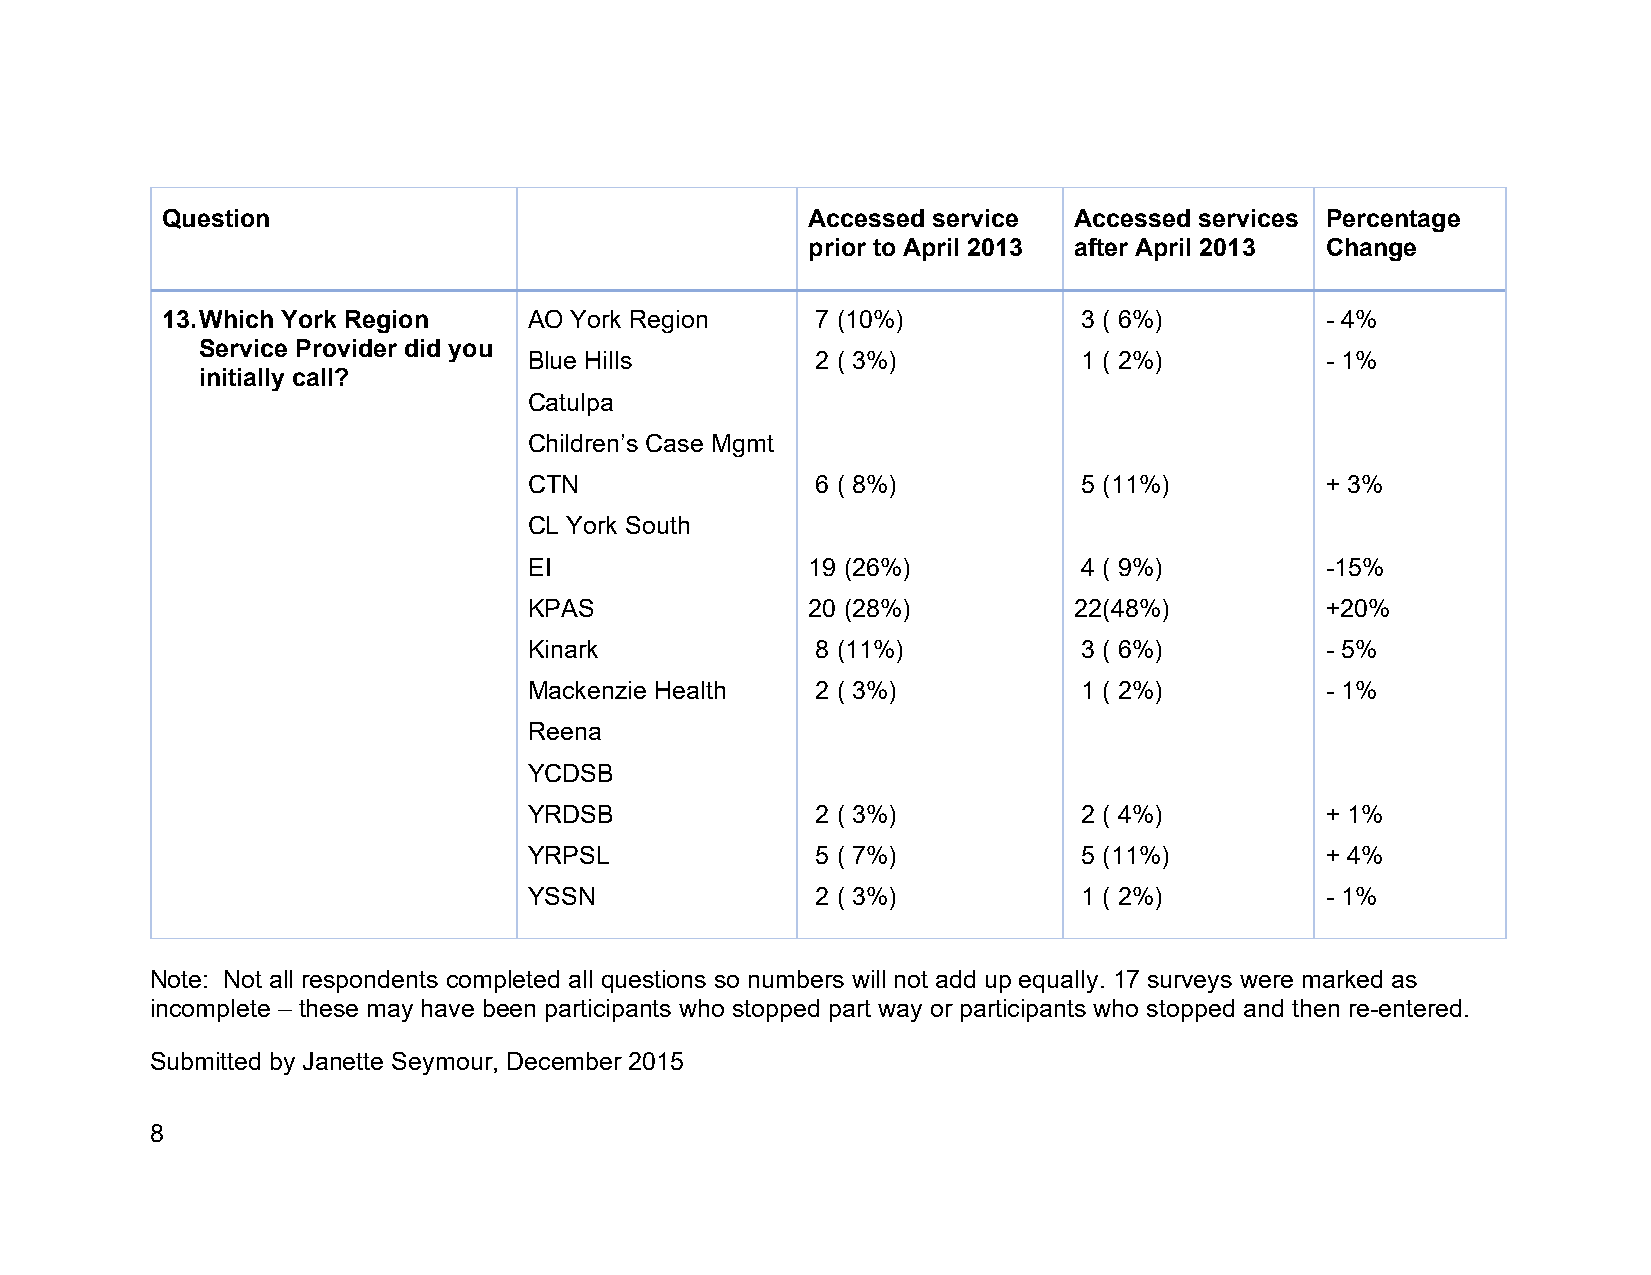
Question                                  Accessed service  Accessed services Percentage
 prior to April 2013 after April 2013 Change
 13. Which York Region   AO York Region     7 (10%)           3 ( 6%)         - 4%
 Service Provider did you
 Blue Hills         2 ( 3%)           1 ( 2%)         - 1%
 initially call?
 Catulpa
 Children’s Case Mgmt
 CTN                6 ( 8%)           5 (11%)         + 3%
 CL York South
 EI                19 (26%)           4 ( 9%)         -15%
 KPAS              20 (28%)          22(48%)          +20%
 Kinark             8 (11%)           3 ( 6%)         - 5%
 Mackenzie Health   2 ( 3%)           1 ( 2%)         - 1%
 Reena
 YCDSB
 YRDSB              2 ( 3%)           2 ( 4%)         + 1%
 YRPSL              5 ( 7%)           5 (11%)         + 4%
 YSSN               2 ( 3%)           1 ( 2%)         - 1%
 Note: Not all respondents completed all questions so numbers will not add up equally. 17 surveys were marked as
 incomplete – these may have been participants who stopped part way or participants who stopped and then re-entered.
 Submitted by Janette Seymour, December 2015
 8